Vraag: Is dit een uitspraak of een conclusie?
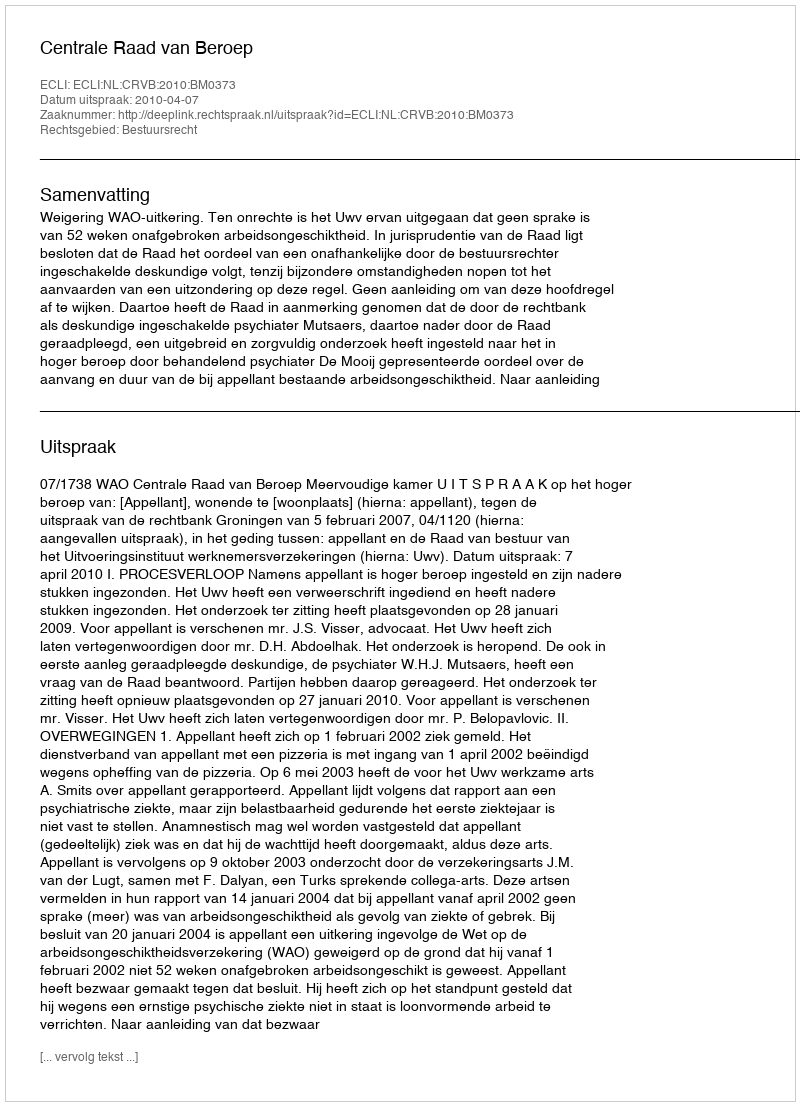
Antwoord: Uitspraak